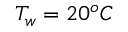
T _ { w } = 2 0 ^ { o } C